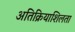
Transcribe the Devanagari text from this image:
अतिक्रियाशिलता